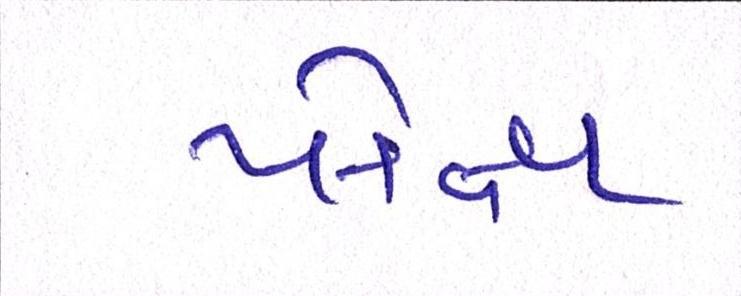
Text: પ્લેક્ષ